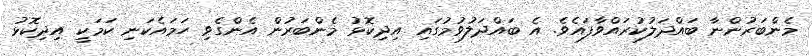
މެންބަރުންނާ ބައްދަލުކުރައްވާފައެވެ. އެ ބައްދަލުވުމުގައި އިދިކޮޅު މެންބަރުން އެންގެވި ހަމައެކަނި ކަމަކީ އިދިކޮޅު